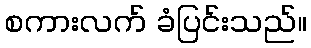
စကားလက် ခံပြင်းသည်။